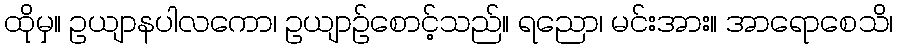
ထိုမှ။ ဥယျာနပါလကော၊ ဥယျာဉ်စောင့်သည်။ ရညော၊ မင်းအား။ အာရောစေသိ၊